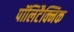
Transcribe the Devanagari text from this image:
पॉलिटैक्निक